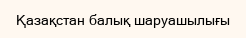
Қазақстан балық шаруашылығы